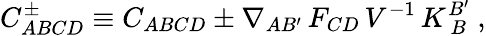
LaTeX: C_{ABCD}^{\pm}\equiv C_{ABCD}\pm\nabla_{AB^{\prime}}\, F_{CD}\, V^{-1}\, K_{\ B}^{B^{\prime}}\ ,